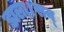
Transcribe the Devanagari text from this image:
डाला।सन्